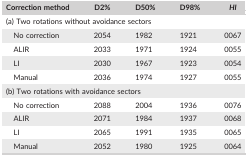
| Correction method | D2% | D50% | D98% | HI |
 | --- | --- | --- | --- | --- |
 | <COLSPAN=5> (a) Two rotations without avoidance sectors |
 | No correction | 2054 | 1982 | 1921 | 0067 |
 | ALIR | 2033 | 1971 | 1924 | 0055 |
 | LI | 2030 | 1967 | 1923 | 0054 |
 | Manual | 2036 | 1974 | 1927 | 0055 |
 | <COLSPAN=5> (b) Two rotations with avoidance sectors |
 | No correction | 2088 | 2004 | 1936 | 0076 |
 | ALIR | 2071 | 1984 | 1937 | 0068 |
 | LI | 2065 | 1991 | 1935 | 0065 |
 | Manual | 2052 | 1980 | 1925 | 0064 |